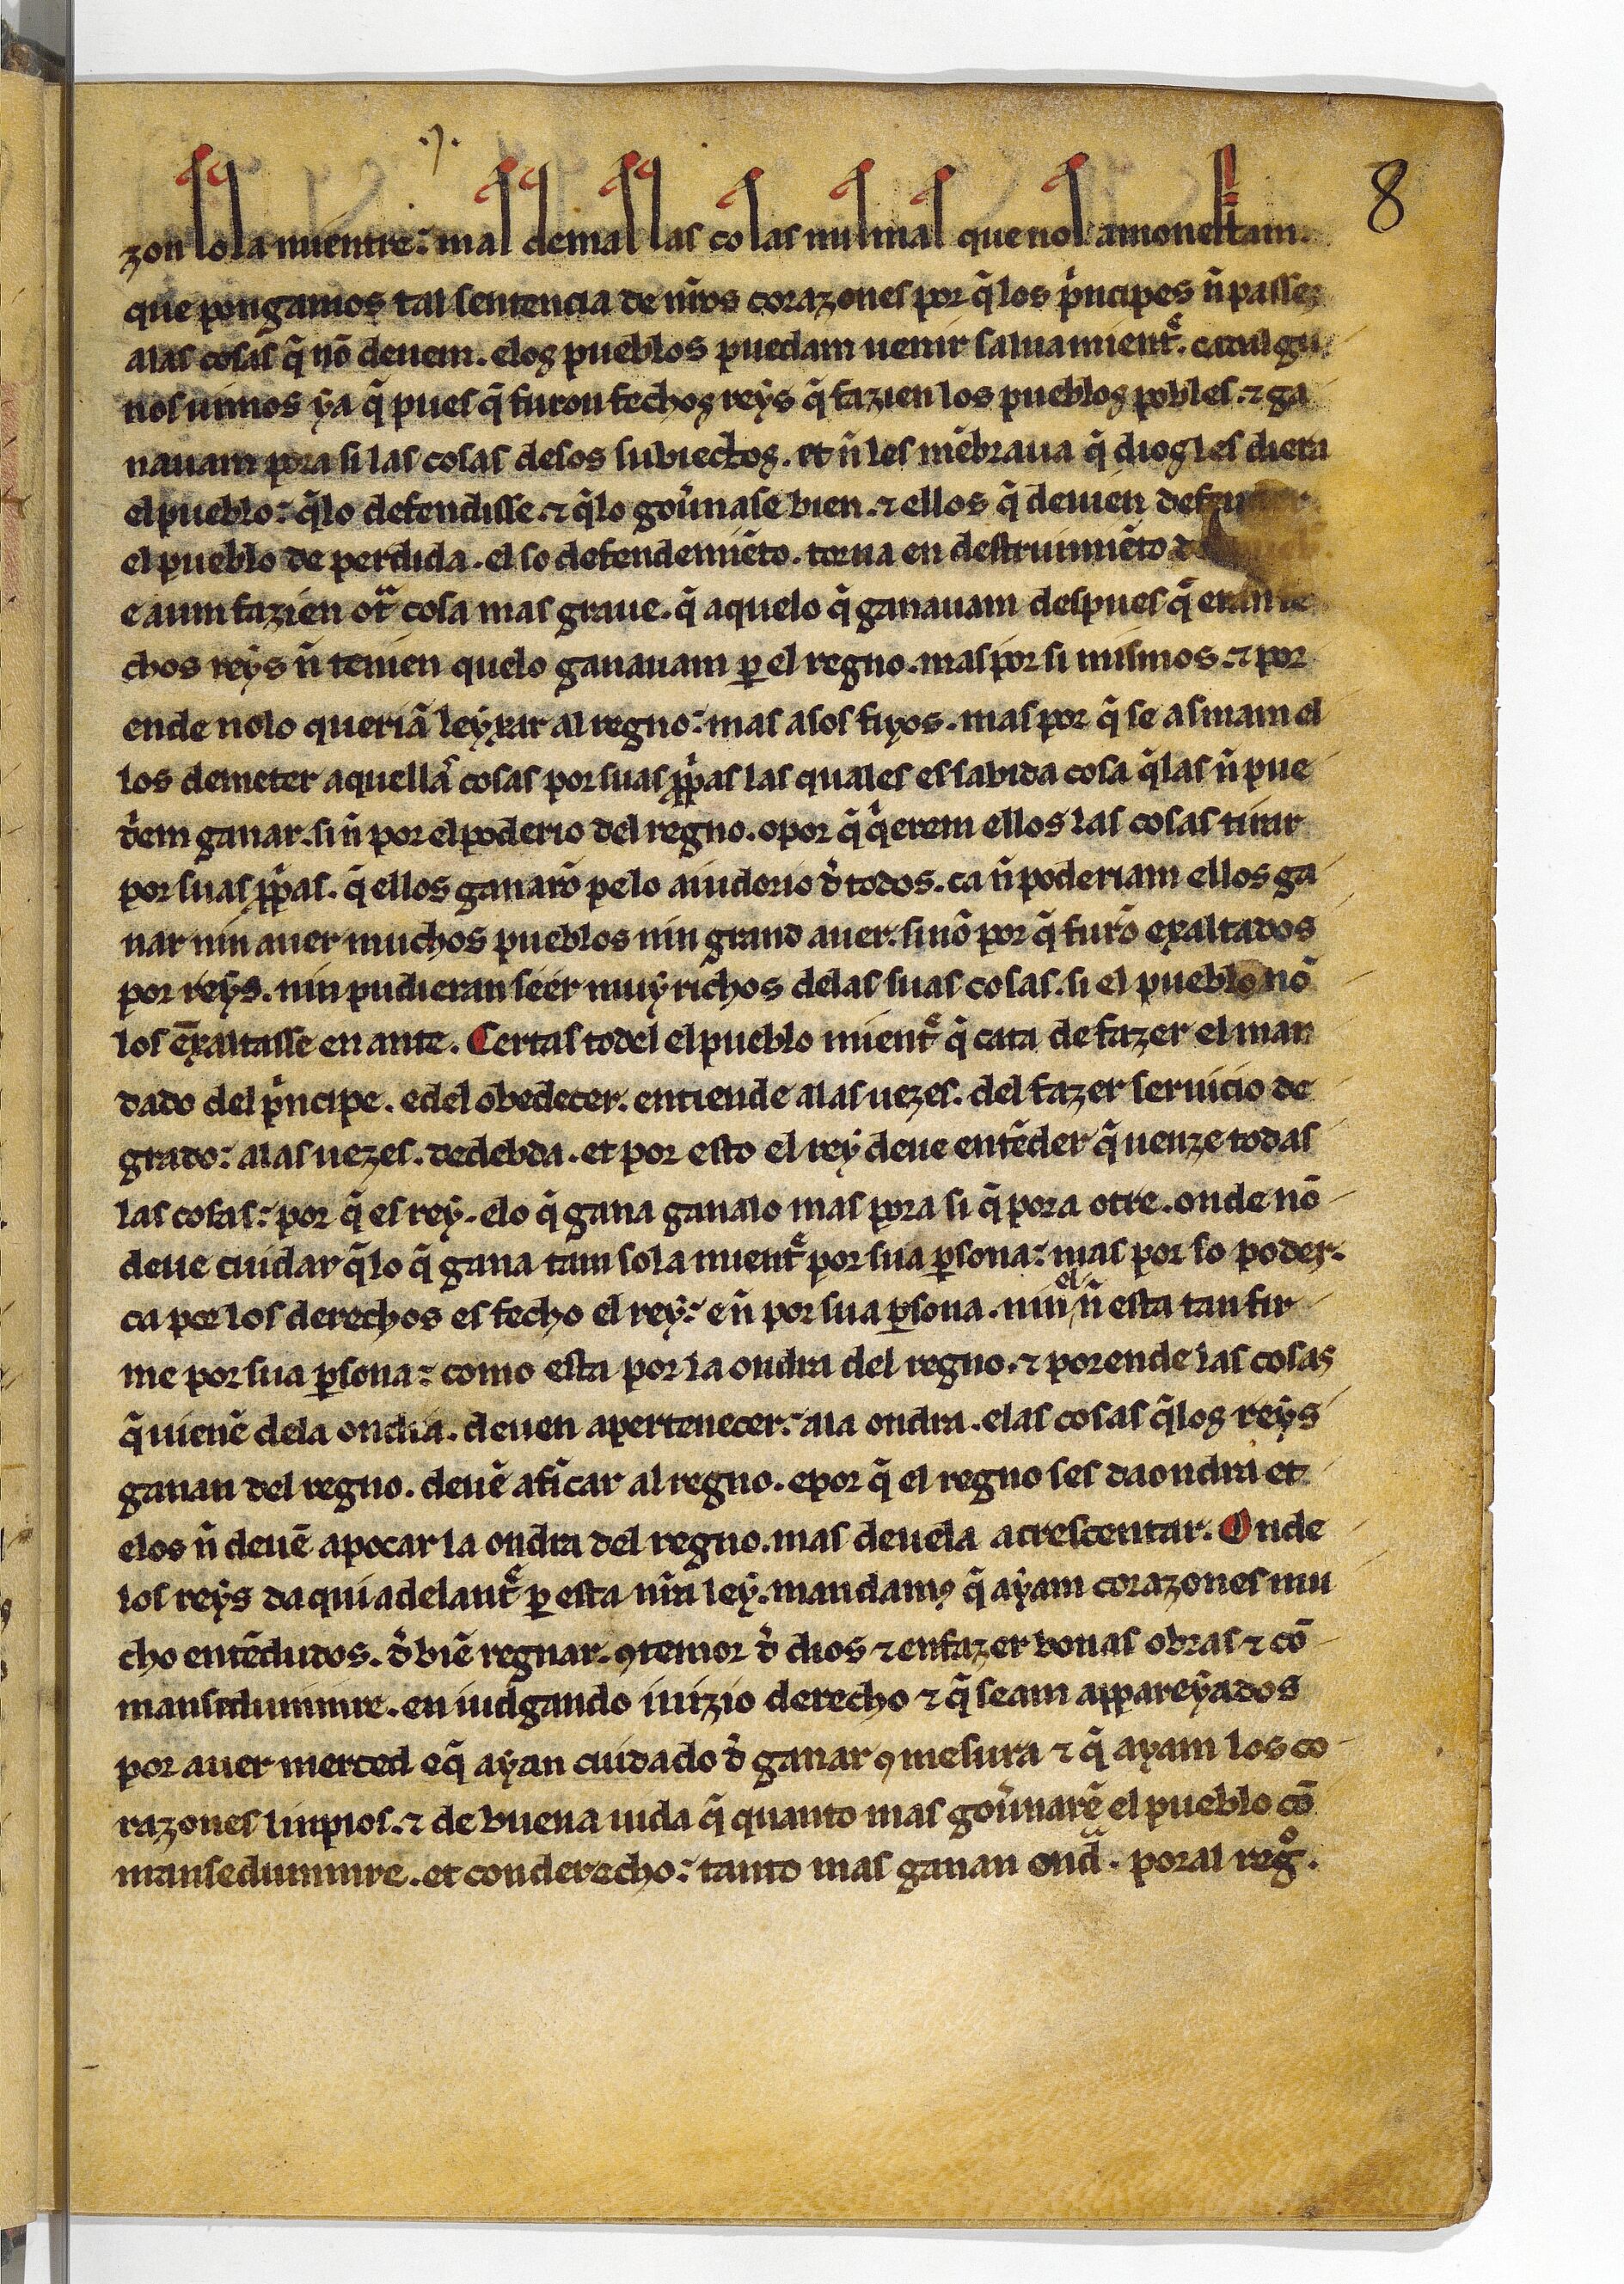
Shelfmark: Paris, BnF, esp. 256
Century: 13